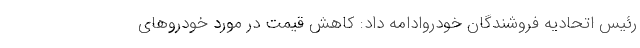
رئیس اتحادیه فروشندگان خودروادامه داد: کاهش قیمت در مورد خودروهای